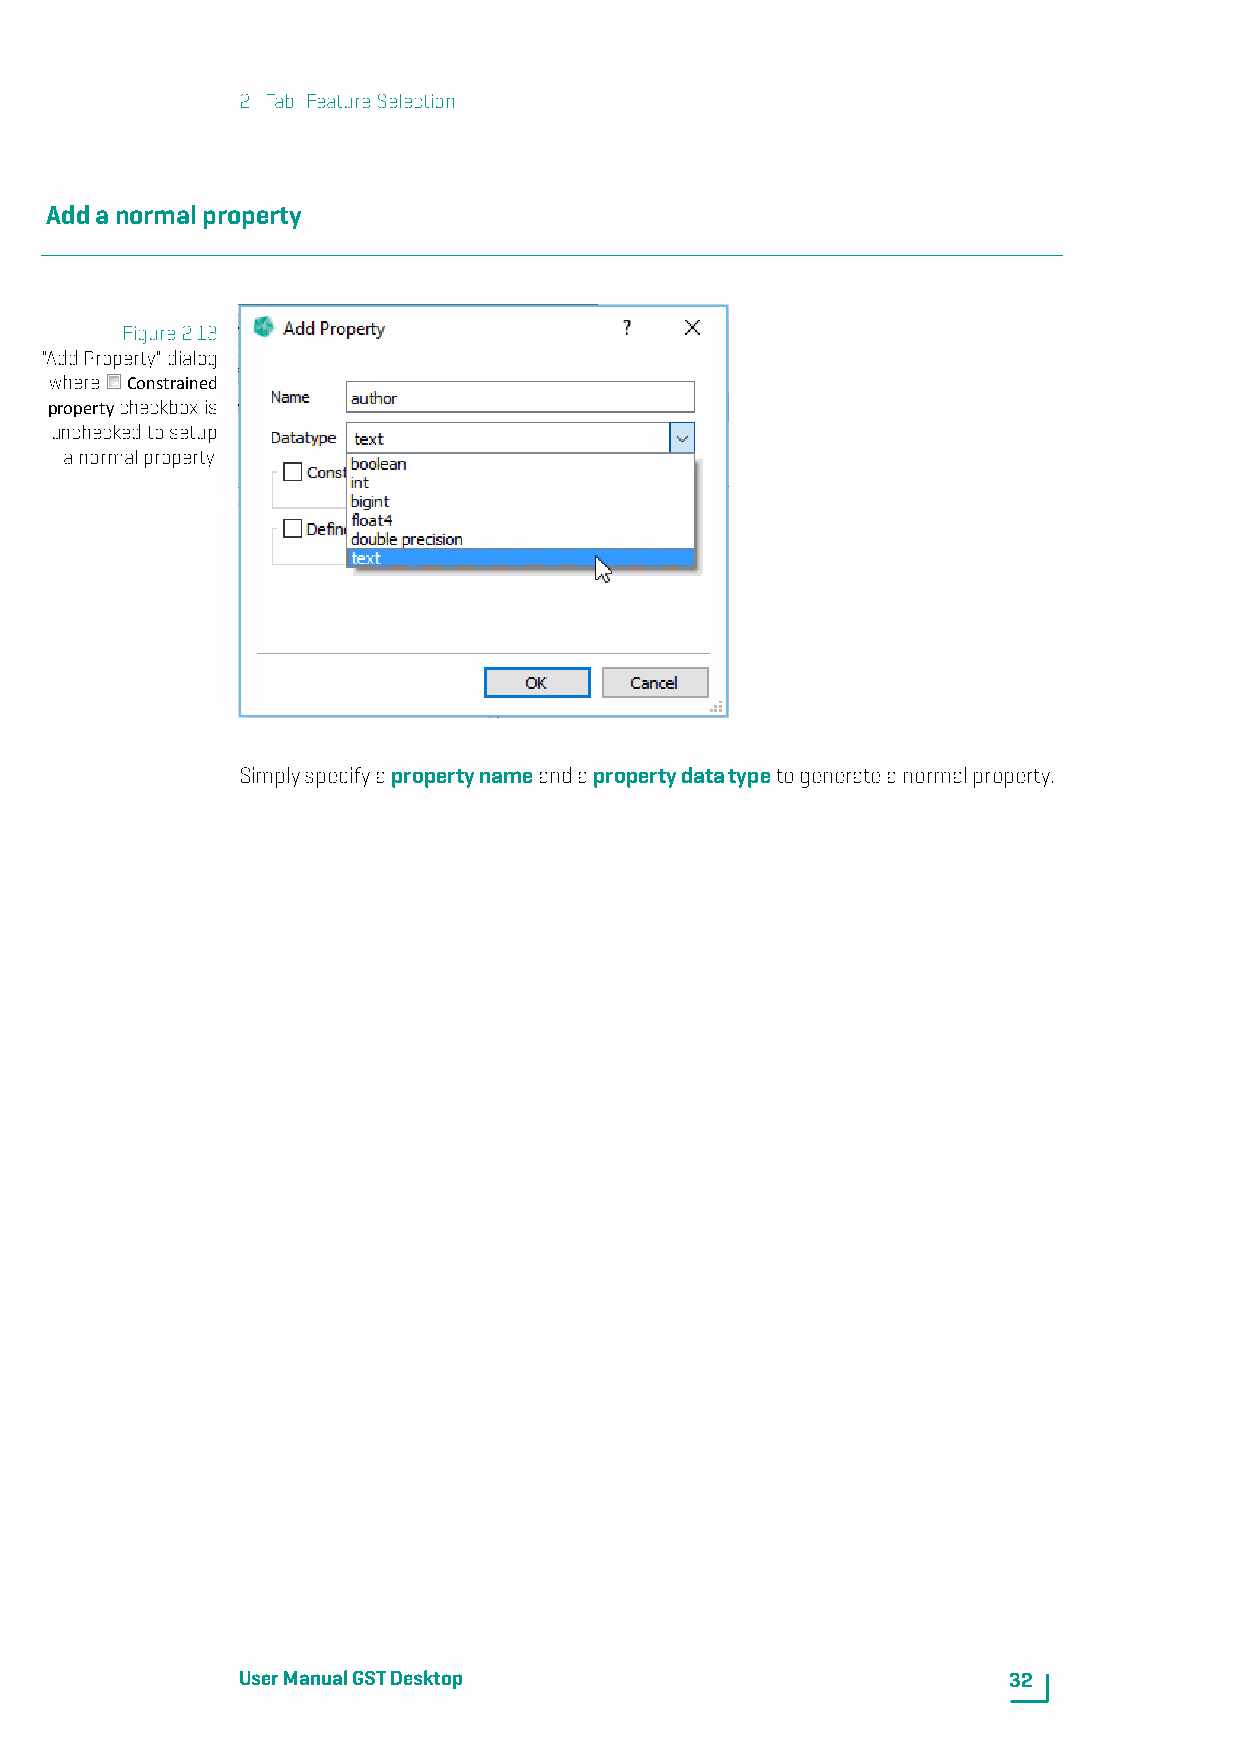
2. Tab: FeatureSelection
 Addanormalproperty
 Figure2.13
 "AddProperty"dialog
 where Constrained
 propertycheckboxis
 uncheckedtosetup
 anormalproperty.
 Simplyspecifyapropertynameandapropertydatatypetogenerateanormalproperty.
 UserManualGSTDesktop                               32